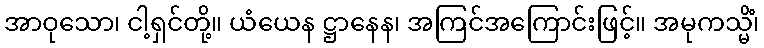
အာဝုသော၊ ငါ့ရှင်တို့။ ယံယေန ဋ္ဌာနေန၊ အကြင်အကြောင်းဖြင့်။ အမုကသ္မိံ၊